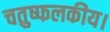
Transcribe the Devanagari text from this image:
चतुष्फलकीय।